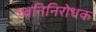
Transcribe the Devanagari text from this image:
घ्वनिनिरोधक